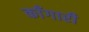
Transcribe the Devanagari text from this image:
काँगारी